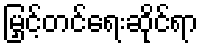
မြှင့်တင်ရေးဆိုင်ရာ